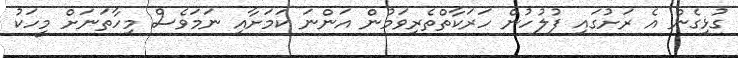
ގުޅިގެން އެ ރަށުގައި ފުލުހުން ހަރަކާތްތެރިވަމުން އަންނަ ކަމަށާއި ނަމަވެސް މިހާތަނަށް މީހަކު